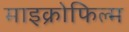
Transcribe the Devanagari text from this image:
माइक्रोफिल्‍म